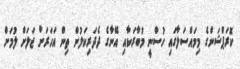
ކޮރަޕްޝަންގެ މިމައްސަލާގައި ހުސްނީ މުބާރަކާއި އޭނާގެ ދެދަރިކަލުން ތިން އަހަރަށް ޖަލަށް ލުމަށް